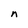
Character: n